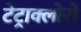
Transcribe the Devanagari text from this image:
टेट्राक्लोरो